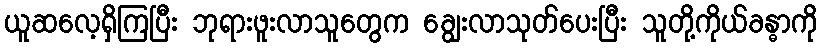
ယူဆလေ့ရှိကြပြီး ဘုရားဖူးလာသူတွေက ချွေးလာသုတ်ပေးပြီး သူတို့ကိုယ်ခန္ဓာကို